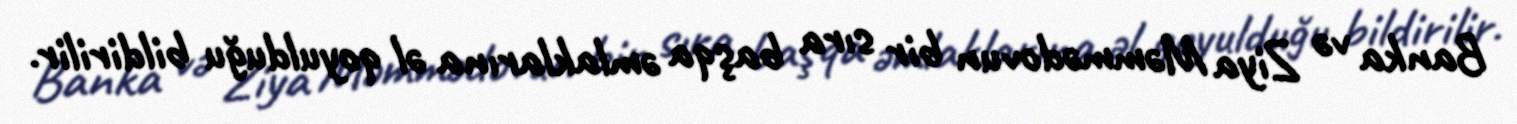
Banka və Ziya Məmmədovun bir sıra başqa əmlaklarına əl qoyulduğu bildirilir.